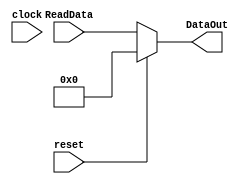
`timescale 1ns / 1ps

module DataReg(DataOut, ReadData, clock, reset
    );
//OUTPUTS------------------------------
	output [31:0] DataOut;
//INPUTS-------------------------------
	input [31:0] ReadData;
	input clock, reset;
//OTHER--------------------------------
	reg [31:0] DataOut;
//CODE---------------------------------
	
	always @ (*) begin
	if (reset == 1) begin
		DataOut = 0;
	end
	else
		begin
		DataOut = ReadData;
		end
	end
endmodule